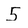
Character: 5